Report on sanitation, dispensaries, and jails in Rajputana for 1912, and on vaccination for the year 1912-1913 - 1912-1913
Year: 1912
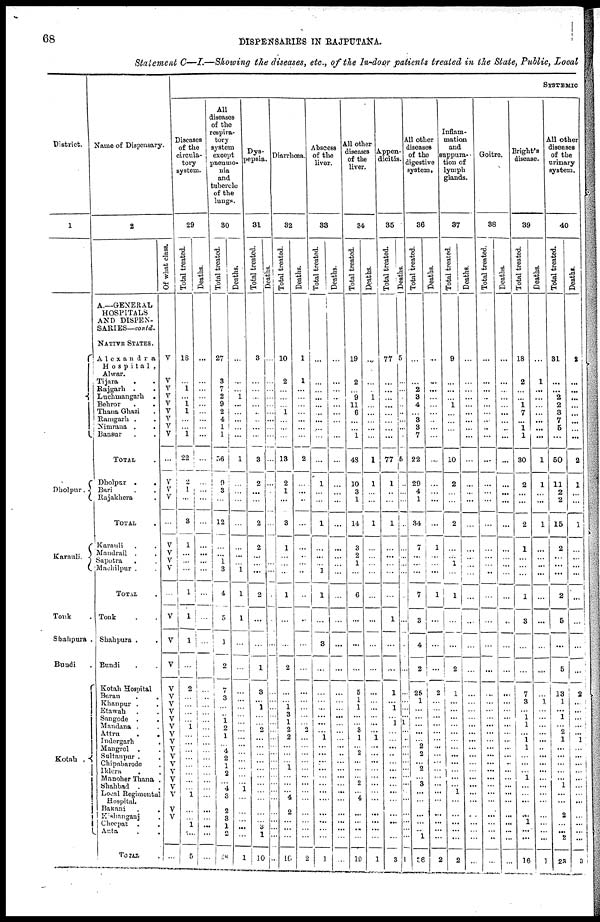
68
DISPENSARIES IN RAJPUTANA.
Statement C—I.—Showing the diseases, etc., of the In-door patients treated in the State, Public, Local
District.
1
Dholpur.
Karauli.
Tonk .
Shahpura .
Bundi .
Kotah
.
Name of Dispensary.
2
A—GENERAL
HOSPITALS
AND DISPEN-
SARIES—contd.
NATIVE STATES.
Alexandra
Hospital ,
Alwar.
Tijara . .
Rajgarh . .
Luchmangarh
.
Behror . .
Thana Ghazi .
Ramngarh . .
Nimrana . .
Bansur . .
TOTAL .
Dholpur
.
.
Bari . .
Rajakhera .
TOTAL .
Karauli . .
Mandrail . .
Sapotra . .
Machilpur .
TOTAL .
Tonk . .
Shahpura . .
Bundi . .
Kotah Hospital
Baran . .
Khanpur . .
Etawah . .
Sangode
.
.
Mandana . .
Attru .
Indergarh .
Mangrol . .
Sultanpur .
Chipnbarode .
Iklera .
Mancher Thana .
Shahbad . .
Local Regimenta
Hospital.
Bakani . .
Kashanganj .
Checpat . .
Anta . .
TOTAL .
Of what class.
V
V
V
V
V
V V
V
V
...
V
V
V
...
V
V
V
V
V
V
V
V
V
V
V
V
V
V
V
V
V
V
V
V
V
V
V
V
...
SYSTEMIC
Diseases
of the
circula¬
tory
system.
29
Total treated.
18
...
1
...
1
1
...
...
1
22
2
1
...
3
1
...
...
...
1
1
1
...
2
...
...
...
...
1
...
...
...
...
...
...
...
...
1
...
...
1
...
5
Deaths.
...
...
...
...
...
...
...
...
...
...
...
...
...
...
...
...
...
...
...
...
...
...
...
...
...
...
...
...
...
...
...
...
...
...
...
...
...
...
...
...
...
...
All
diseases
of the
respira-
tory
system
except
pneumo-
nia
and
tubercle
of the
lungs.
30
Total treated.
27
3
7
2
9
2
4
1
1
36
9
3
...
12
...
...
1
3
4
3
1
2
...
3
...
...
1
2
1
...
4
2 1
2
...
4
3
2
3
1
2
18
Deaths.
...
...
...
1
...
...
...
...
...
1
...
...
...
...
...
...
1
1
1
...
...
...
...
...
...
...
...
...
...
...
...
...
...
...
1
...
...
...
...
...
1
Dys-
pepsia.
31
Total treated.
3
...
...
...
...
...
...
...
...
3
2
...
...
2
2
...
...
...
2
...
...
1
3
...
1
...
...
2
...
...
...
...
...
...
...
...
...
...
...
3
1
10
Deaths.
...
...
...
...
...
...
...
...
...
...
...
...
...
...
.
...
...
... ...
...
...
...
...
...
...
...
...
...
...
...
...
...
...
...
...
...
...
Diarrhœa.
32
Total treated.
10
2
...
...
...
1
..
...
...
13
2
1
...
3
1
...
...
...
1
...
...
2
...
...
1
3
1 2
2
...
...
...
1
...
...
...
4
2
...
...
...
10
Deaths.
1
1
...
...
...
...
...
...
...
2
...
...
...
...
...
...
...
...
...
...
...
...
...
...
...
...
...
2
...
...
...
...
...
...
...
...
...
...
...
...
...
2
Abscess
of the
liver.
33
Total treated.
...
...
...
...
...
...
...
...
...
...
1
...
...
1
...
...
...
1
1
...
3
...
...
...
...
...
...
...
1
...
...
...
...
...
...
...
...
...
...
...
...
9
Deaths.
...
...
...
...
...
...
...
...
...
...
...
...
...
...
...
...
...
...
...
...
...
...
...
...
...
...
...
...
...
...
...
...
...
...
...
...
...
...
...
...
...
...
All other
diseases
of the
liver.
34
Total treated.
19
2
...
9
11
6
...
...
1
48
10
3
1
14
3
2
1
...
6
...
...
...
5
1
1
...
...
3 1
...
2
...
...
...
2
...
4
...
...
...
...
19
Deaths.
...
...
...
1
...
...
...
...
...
1
1
...
...
1
...
...
...
...
...
...
...
...
... ...
...
...
...
...
1
...
...
...
...
...
...
...
...
...
...
...
...
1
Appen-
dicitis.
35
Total treated.
77
...
...
...
...
...
...
...
...
77
1
...
...
1
...
...
...
...
...
1
...
...
1
...
1
...
1
...
...
...
...
...
...
...
...
...
...
...
...
...
...
3
Deaths.
5
...
...
...
...
...
...
...
...
5
...
...
...
...
...
...
..
...
...
...
...
...
...
...
...
...
1
...
...
...
...
...
...
...
...
...
...
...
...
...
...
1
All other
diseases
of the
digestive
system.
36
Total treated.
...
...
2
3
4
...
3
3
7
22
29
4
1
34
7
...
...
...
7
3
4
2
25
1
...
...
...
...
...
2
2
...
2
...
3
...
...
...
...
...
1
36
Deaths.
...
...
...
...
...
...
...
...
...
...
...
...
...
...
1
...
...
...
1
...
...
...
2
...
...
...
...
...
...
...
...
...
...
...
...
...
...
...
...
...
...
2
Inflam-
mation
and
suppura-
tion of
lymph
glands.
37
Total treated.
9
...
...
...
1
...
...
...
...
10
2
...
...
2
...
...
1
...
1
...
...
2
1
...
...
...
...
...
...
...
...
...
...
...
...
1
...
...
...
...
...
2
Deaths.
...
...
...
...
...
...
...
...
...
...
...
...
...
...
...
...
...
...
...
...
...
...
...
...
...
...
...
...
...
...
...
...
...
...
...
...
...
...
...
...
...
...
Goitre.
38
Total treated.
...
...
...
...
...
...
...
..
...
...
...
...
...
...
...
...
...
...
...
...
...
...
...
...
...
...
...
...
...
...
...
...
...
...
...
...
...
...
...
...
...
...
Deaths.
...
...
...
...
...
...
...
..
...
...
...
...
...
...
...
...
...
...
...
...
...
...
...
...
...
...
...
...
...
...
...
...
...
...
...
...
...
...
...
...
...
...
Bright's
disease.
39
Total treated.
18
2
...
...
1
7
...
1 1
30
2
...
...
2
1
...
...
...
1
3
...
...
7
3
...
1
1
...
1
1
...
...
...
...
...
...
...
...
1
...
...
16
Deaths.
...
1
...
...
...
...
...
...
...
1
1
...
...
1
...
...
...
...
...
...
...
...
...
1
...
...
...
...
...
...
...
...
...
...
...
...
...
...
...
...
...
1
All other
diseases
of the
urinary
system.
40
Total treated.
31
...
...
2
2
3
7
5
...
50
11
2
2
15
2
...
...
...
2
5
...
5
...
1
...
1
...
2
1
...
...
...
...
...
...
...
...
2
...
...
2
23
Deaths.
2
...
...
...
...
...
...
...
...
2
1
...
...
1
...
...
...
...
...
...
...
...
2
...
...
...
...
...
1
...
...
...
...
...
...
...
..
...
...
...
...
3